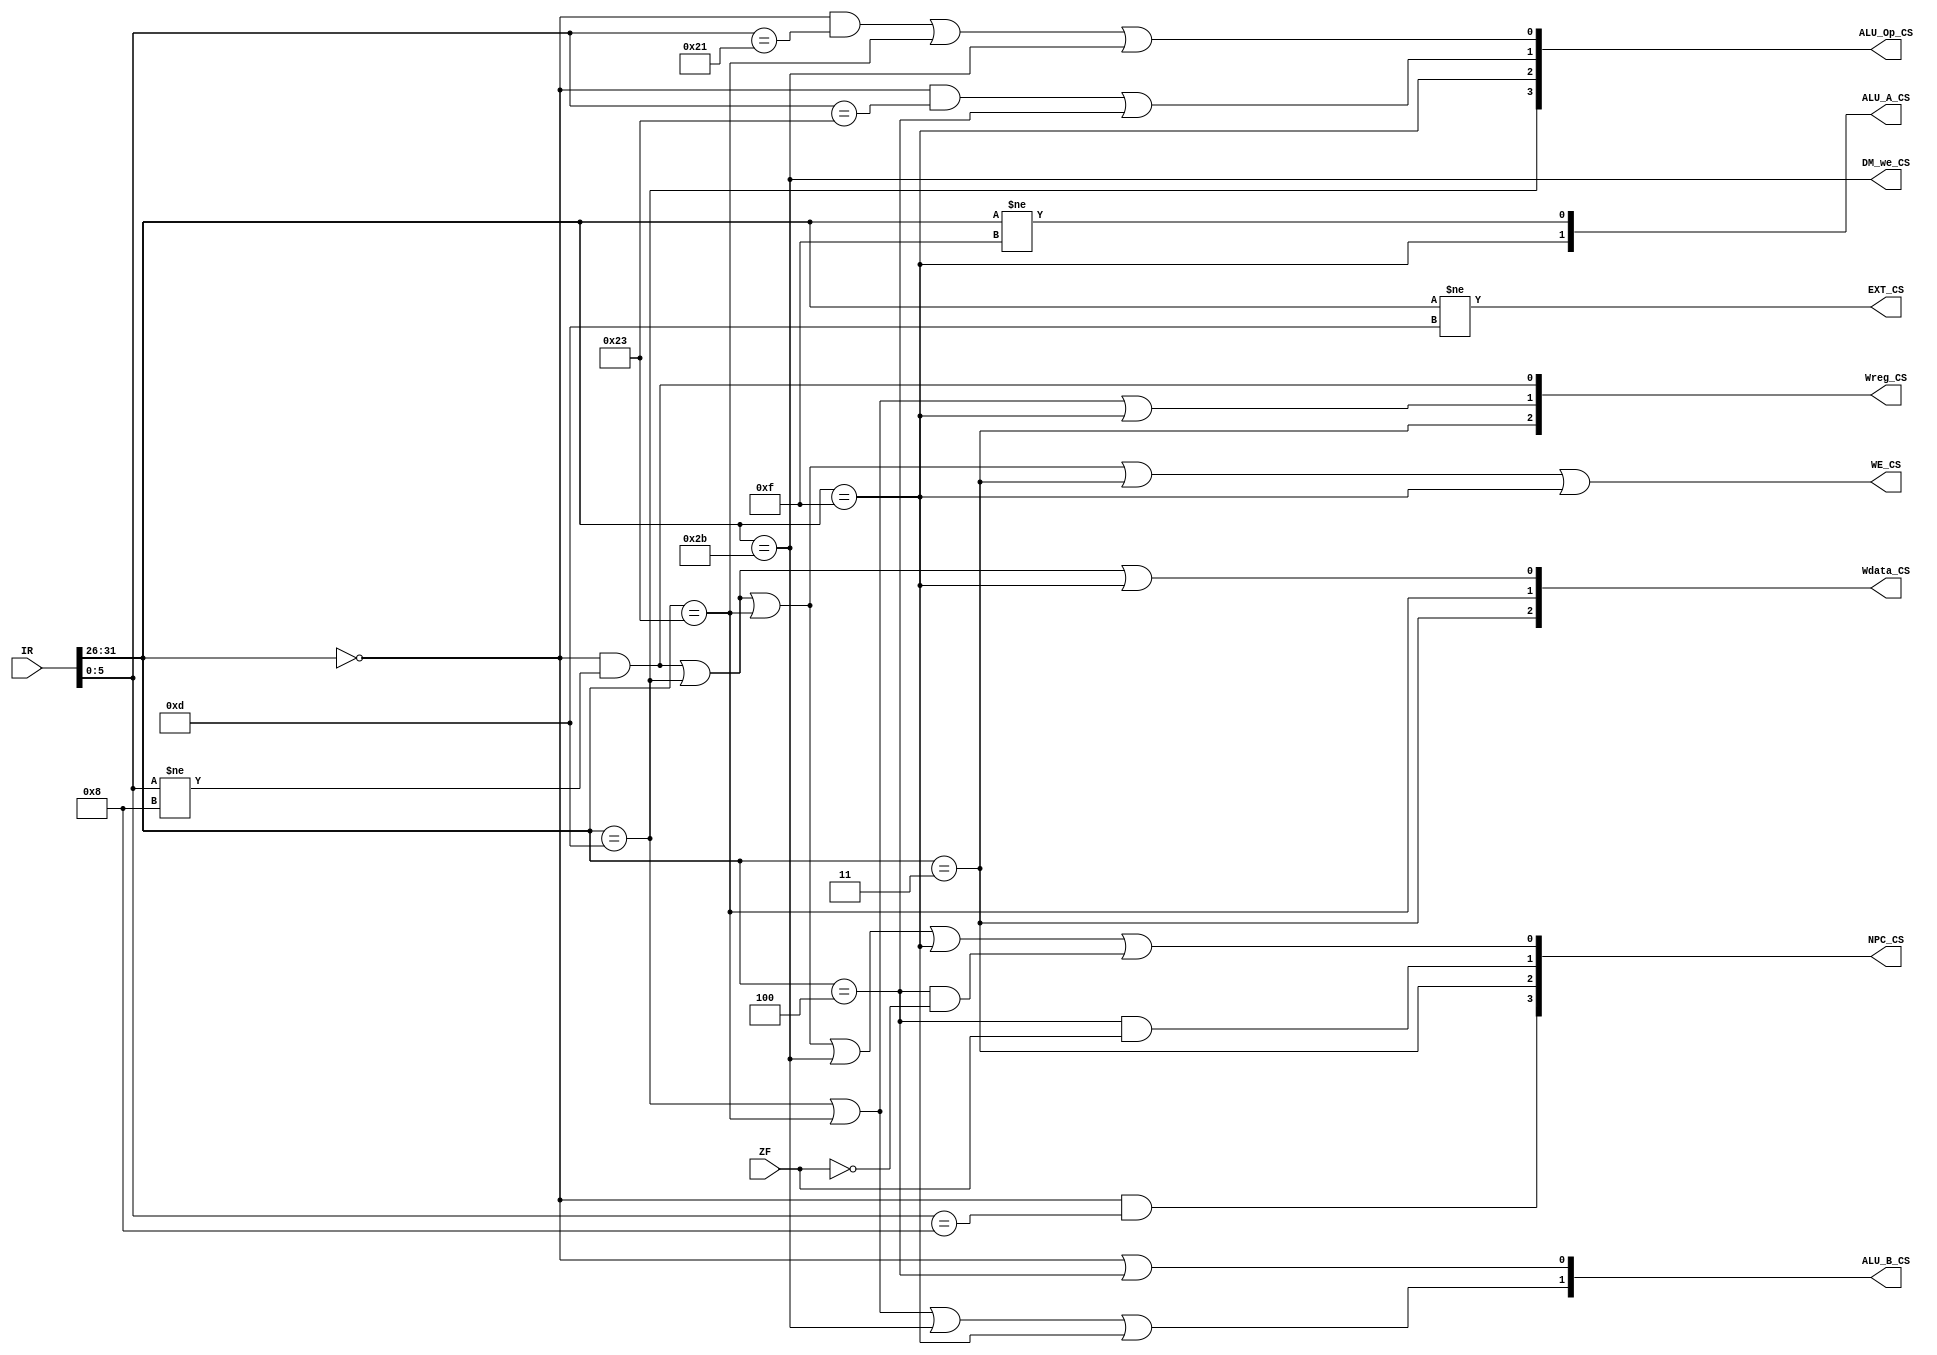
`timescale 1ns / 1ps
//////////////////////////////////////////////////////////////////////////////////
// Company: 
// Engineer: 
// 
// Design Name: 
// Module Name: CU
// Project Name: 
// Target Devices: 
// Tool Versions: 
// Description: 
// 
// Dependencies: 
// 
// Revision:
// Revision 0.01 - File Created
// Additional Comments:
// 
//////////////////////////////////////////////////////////////////////////////////


module CU(
    input [31:0] IR,
    output [3:0] NPC_CS,
    output [2:0] Wreg_CS,
    output [2:0] Wdata_CS,
    output WE_CS,
    output [1:0] ALU_A_CS,
    output [1:0] ALU_B_CS,
    output [3:0] ALU_Op_CS,
    output EXT_CS,
    output DM_we_CS,
    input ZF
    );
    wire [5:0] opcode = IR[31:26];
    wire [5:0] func = IR[5:0];
    
    
    
     assign DM_we_CS = opcode == 'b101011;
     assign NPC_CS[0] =  (opcode == 'b000000 & func != 'b001000) 
                       | opcode == 'b001101 
                       | opcode == 'b100011 
                       | opcode == 'b101011 
                       | opcode == 'b001111 
                       | (opcode == 'b000100 & ZF == 'b0);
    assign NPC_CS[1] = opcode == 'b000100 & ZF == 'b1;
    assign NPC_CS[2] = opcode == 'b000011;
    assign NPC_CS[3] = opcode == 'b000000 & func == 'b001000;
    
    
    assign Wreg_CS[0] = opcode == 'b000000 & func != 'b001000;
    assign Wreg_CS[1] = opcode == 'b001101 | opcode == 'b100011 | opcode == 'b001111;
    assign Wreg_CS[2] = opcode == 'b000011;
    
    
    assign Wdata_CS[0] =  (opcode == 'b000000 & func != 'b001000) 
                             | opcode == 'b001101 
                             | opcode == 'b001111;
    assign Wdata_CS[1] = opcode == 'b100011;
    assign Wdata_CS[2] = opcode == 'b000011;
    
    
    assign WE_CS = (opcode == 'b000000 & func != 'b001000) 
                       | opcode == 'b001101 
                       | opcode == 'b100011 
                       | opcode == 'b000011 
                       | opcode == 'b001111;
    assign ALU_A_CS[0] = (opcode != 'b001111);
    assign ALU_A_CS[1] = opcode == 'b001111;
    
    assign ALU_B_CS[0] =  opcode == 'b000000 | opcode == 'b000100;
    assign ALU_B_CS[1] = opcode == 'b001101 | opcode == 'b100011 | opcode == 'b101011 | opcode == 'b001111;
    
    
    
    assign ALU_Op_CS[0] = (opcode == 'b000000 & func == 'b100001) 
                         | opcode == 'b100011 
                         | opcode == 'b101011;
    assign ALU_Op_CS[1] = (opcode == 'b000000 & func == 'b100011) 
                         | opcode == 'b000100;
                         
    assign ALU_Op_CS[2] = opcode == 'b001111;
    assign ALU_Op_CS[3] = opcode == 'b001101;
    
    assign EXT_CS = opcode != 'b001101;
    
endmodule